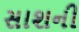
સાશની